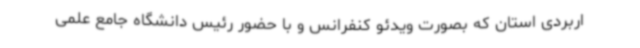
اربردی استان که بصورت ویدئو کنفرانس و با حضور رئیس دانشگاه جامع علمی